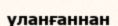
уланғаннан